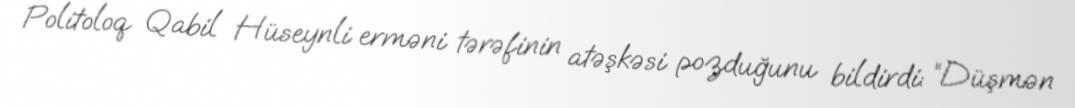
Politoloq Qabil Hüseynli erməni tərəfinin atəşkəsi pozduğunu bildirdi: “Düşmən